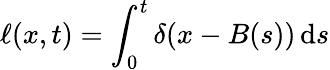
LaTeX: \ell(x,t)=\int_{0}^{t}\delta(x-B(s))\, \mathrm{d}s